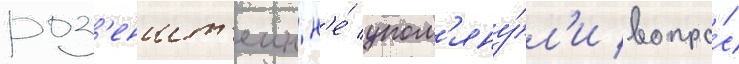
роз'еншт'еин н'е́ упом'яну́л'и вопро́с